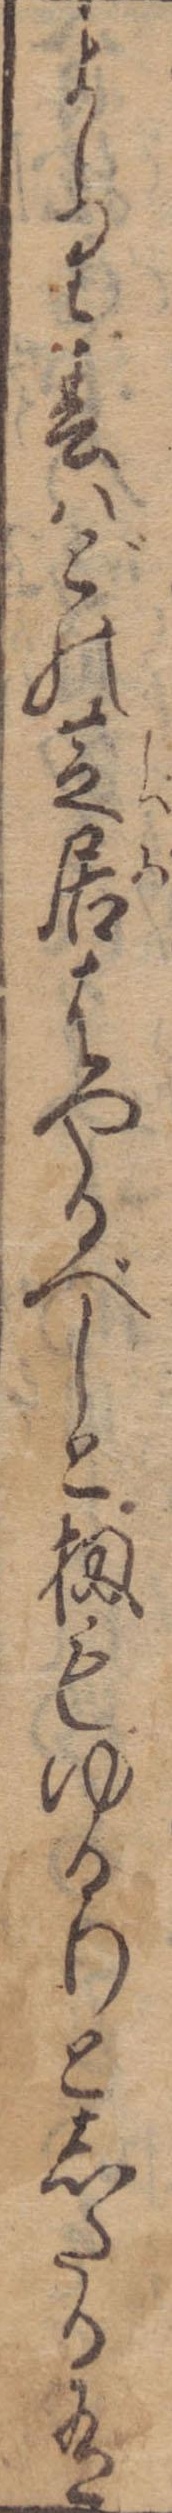
ましり春はどの芝居はやるべしと扨もゆるりとしたる有